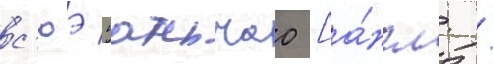
с'юэ юаньчао [а́нгл. /